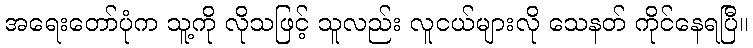
အရေးတော်ပုံက သူ့ကို လိုသဖြင့် သူလည်း လူငယ်များလို သေနတ် ကိုင်နေရပြီ။